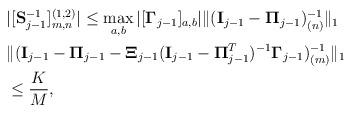
LaTeX: \begin{align*}\begin{aligned}&|[\bold{S}_{j-1}^{-1}]^{(1,2)}_{m,n}| \le \max_{a,b}| [\bold{\Gamma}_{j-1}]_{a,b} | \| (\bold{I}_{j-1}-\bold{\Pi}_{j-1} )^{-1}_{(n)}\|_1\\& \| (\bold{I}_{j-1}-\bold{\Pi}_{j-1}-\bold{\Xi}_{j-1} (\bold{I}_{j-1}-\bold{\Pi}_{j-1}^{T})^{-1} \bold{\Gamma}_{j-1})^{-1}_{(m)} \|_{1} \\ & \le \frac{K}{M},\end{aligned}\end{align*}